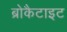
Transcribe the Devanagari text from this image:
ब्रोकैटाइट